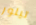
تيلور